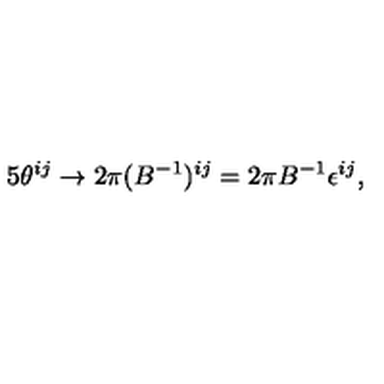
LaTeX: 5 \theta ^ { i j } \to 2 \pi ( B ^ { - 1 } ) ^ { i j } = 2 \pi B ^ { - 1 } \epsilon ^ { i j } ,